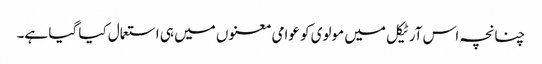
چنانچہ اس آرٹیکل میں مولوی کو عوامی معنوں میں ہی استعمال کیا گیا ہے۔